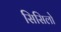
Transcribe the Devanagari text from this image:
सिसिलो